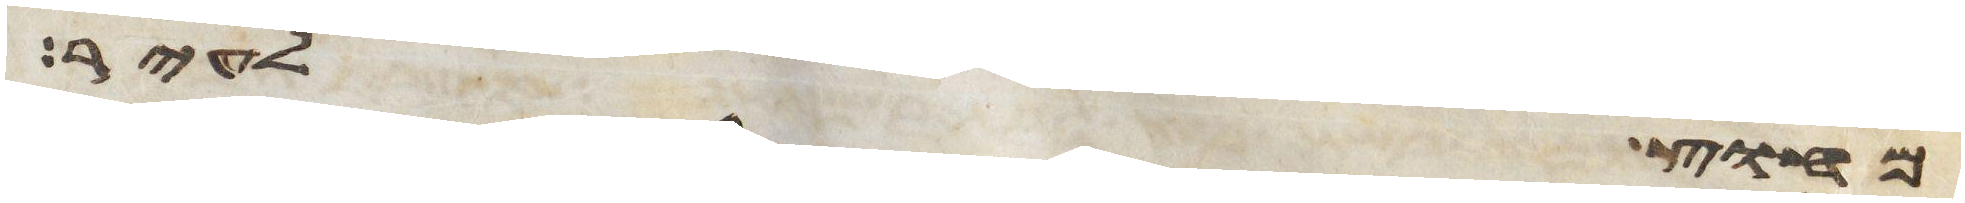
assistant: מחוץ לעיר